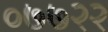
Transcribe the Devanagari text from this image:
०७७२२